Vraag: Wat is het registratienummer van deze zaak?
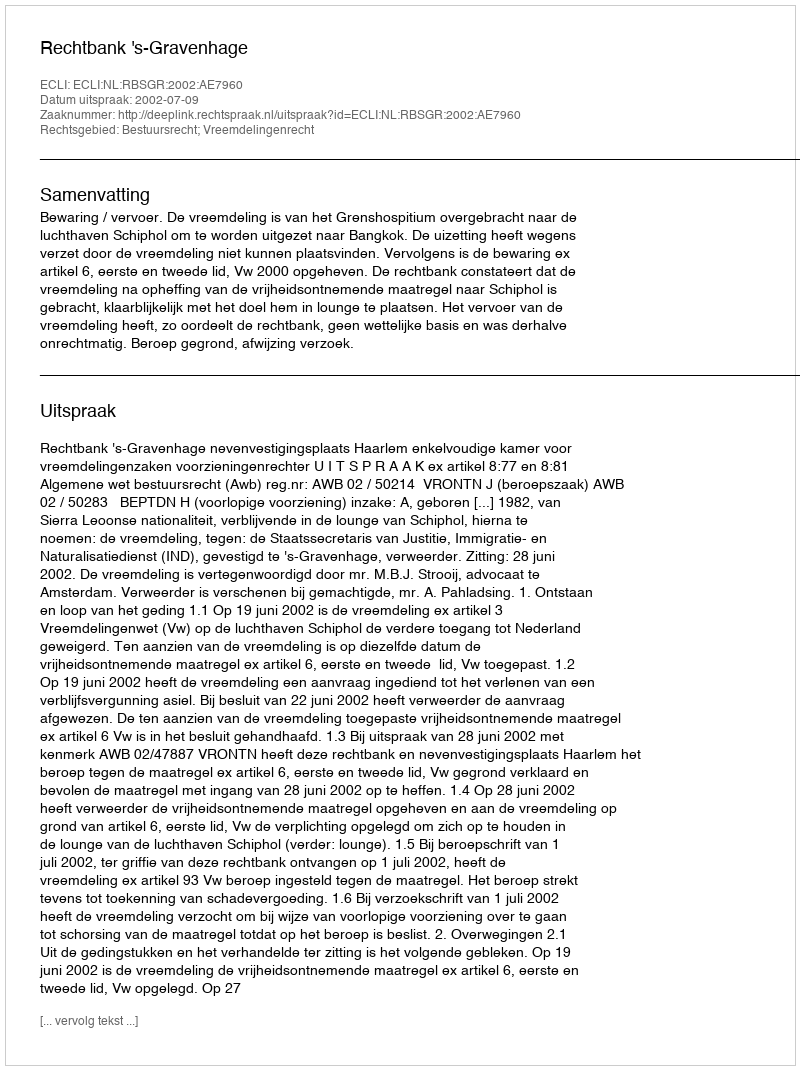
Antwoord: http://deeplink.rechtspraak.nl/uitspraak?id=ECLI:NL:RBSGR:2002:AE7960